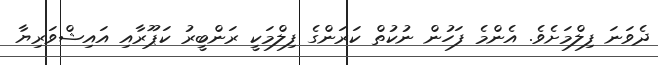
ދެވަނަ ފިލްމަށެވެ. އެންމެ ފަހުން ނުކުތް ކަރަންގެ ފިލްމަކީ ރަންބީރު ކަޕޫރާއި އައިޝްވަރިޔާ